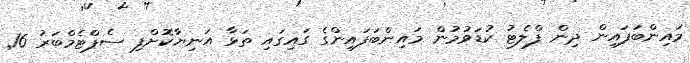
މައިންބަފައިން ދިން ފްލެޓު ކުޑަވުމުން މައިންބަފައިންގެ ގައިގައި ތަޅާ އަނިޔާކޮށްފި ސެޕްޓެމްބަރު 16